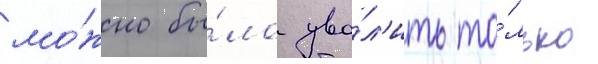
мо́жно бы́ло уво́л'ить то́лько